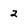
Character: 2